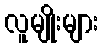
လူမျိုးများ